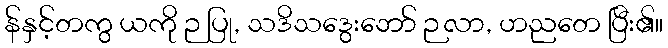
န်နှင့်တကွ ယကို ဉ ပြု, သဒိသဒွေးဘော် ဉလာ, ဟညတေ ပြီး၏။